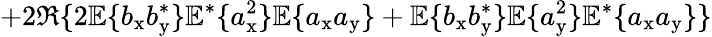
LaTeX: +2\Re\{ 2\mathbb{E}\{ b_{\mathrm{x}}b_{\mathrm{y}}^{\ast}\} \mathbb{E}^{\ast}\{ a_{\mathrm{x}}^{2}\} \mathbb{E}\{ a_{\mathrm{x}}a_{\mathrm{y}}\} +\mathbb{E}\{ b_{\mathrm{x}}b_{\mathrm{y}}^{\ast}\} \mathbb{E}\{ a_{\mathrm{y}}^{2}\} \mathbb{E}^{\ast}\{ a_{\mathrm{x}}a_{\mathrm{y}}\} \}